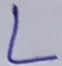
Text: L